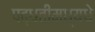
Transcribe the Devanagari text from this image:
पद्धतीमध्यधे